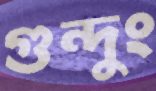
গুন্দুং